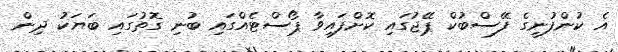
އެ ކުންފުނީގެ ފޭސްބުކް ޕޭޖުގައި ކޮށްފައިވާ ޕޯސްޓެއްގައި ބުނި ގޮތުގައި ބަޔަކު ދިން